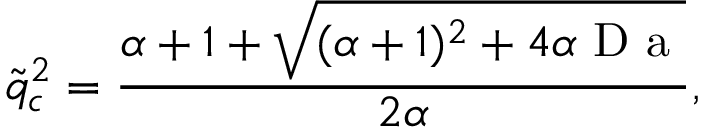
\tilde { q } _ { c } ^ { 2 } = \frac { \alpha + 1 + \sqrt { ( \alpha + 1 ) ^ { 2 } + 4 \alpha \mathrm { ~ D ~ a ~ } } } { 2 \alpha } ,